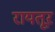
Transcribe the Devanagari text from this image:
रायतूर